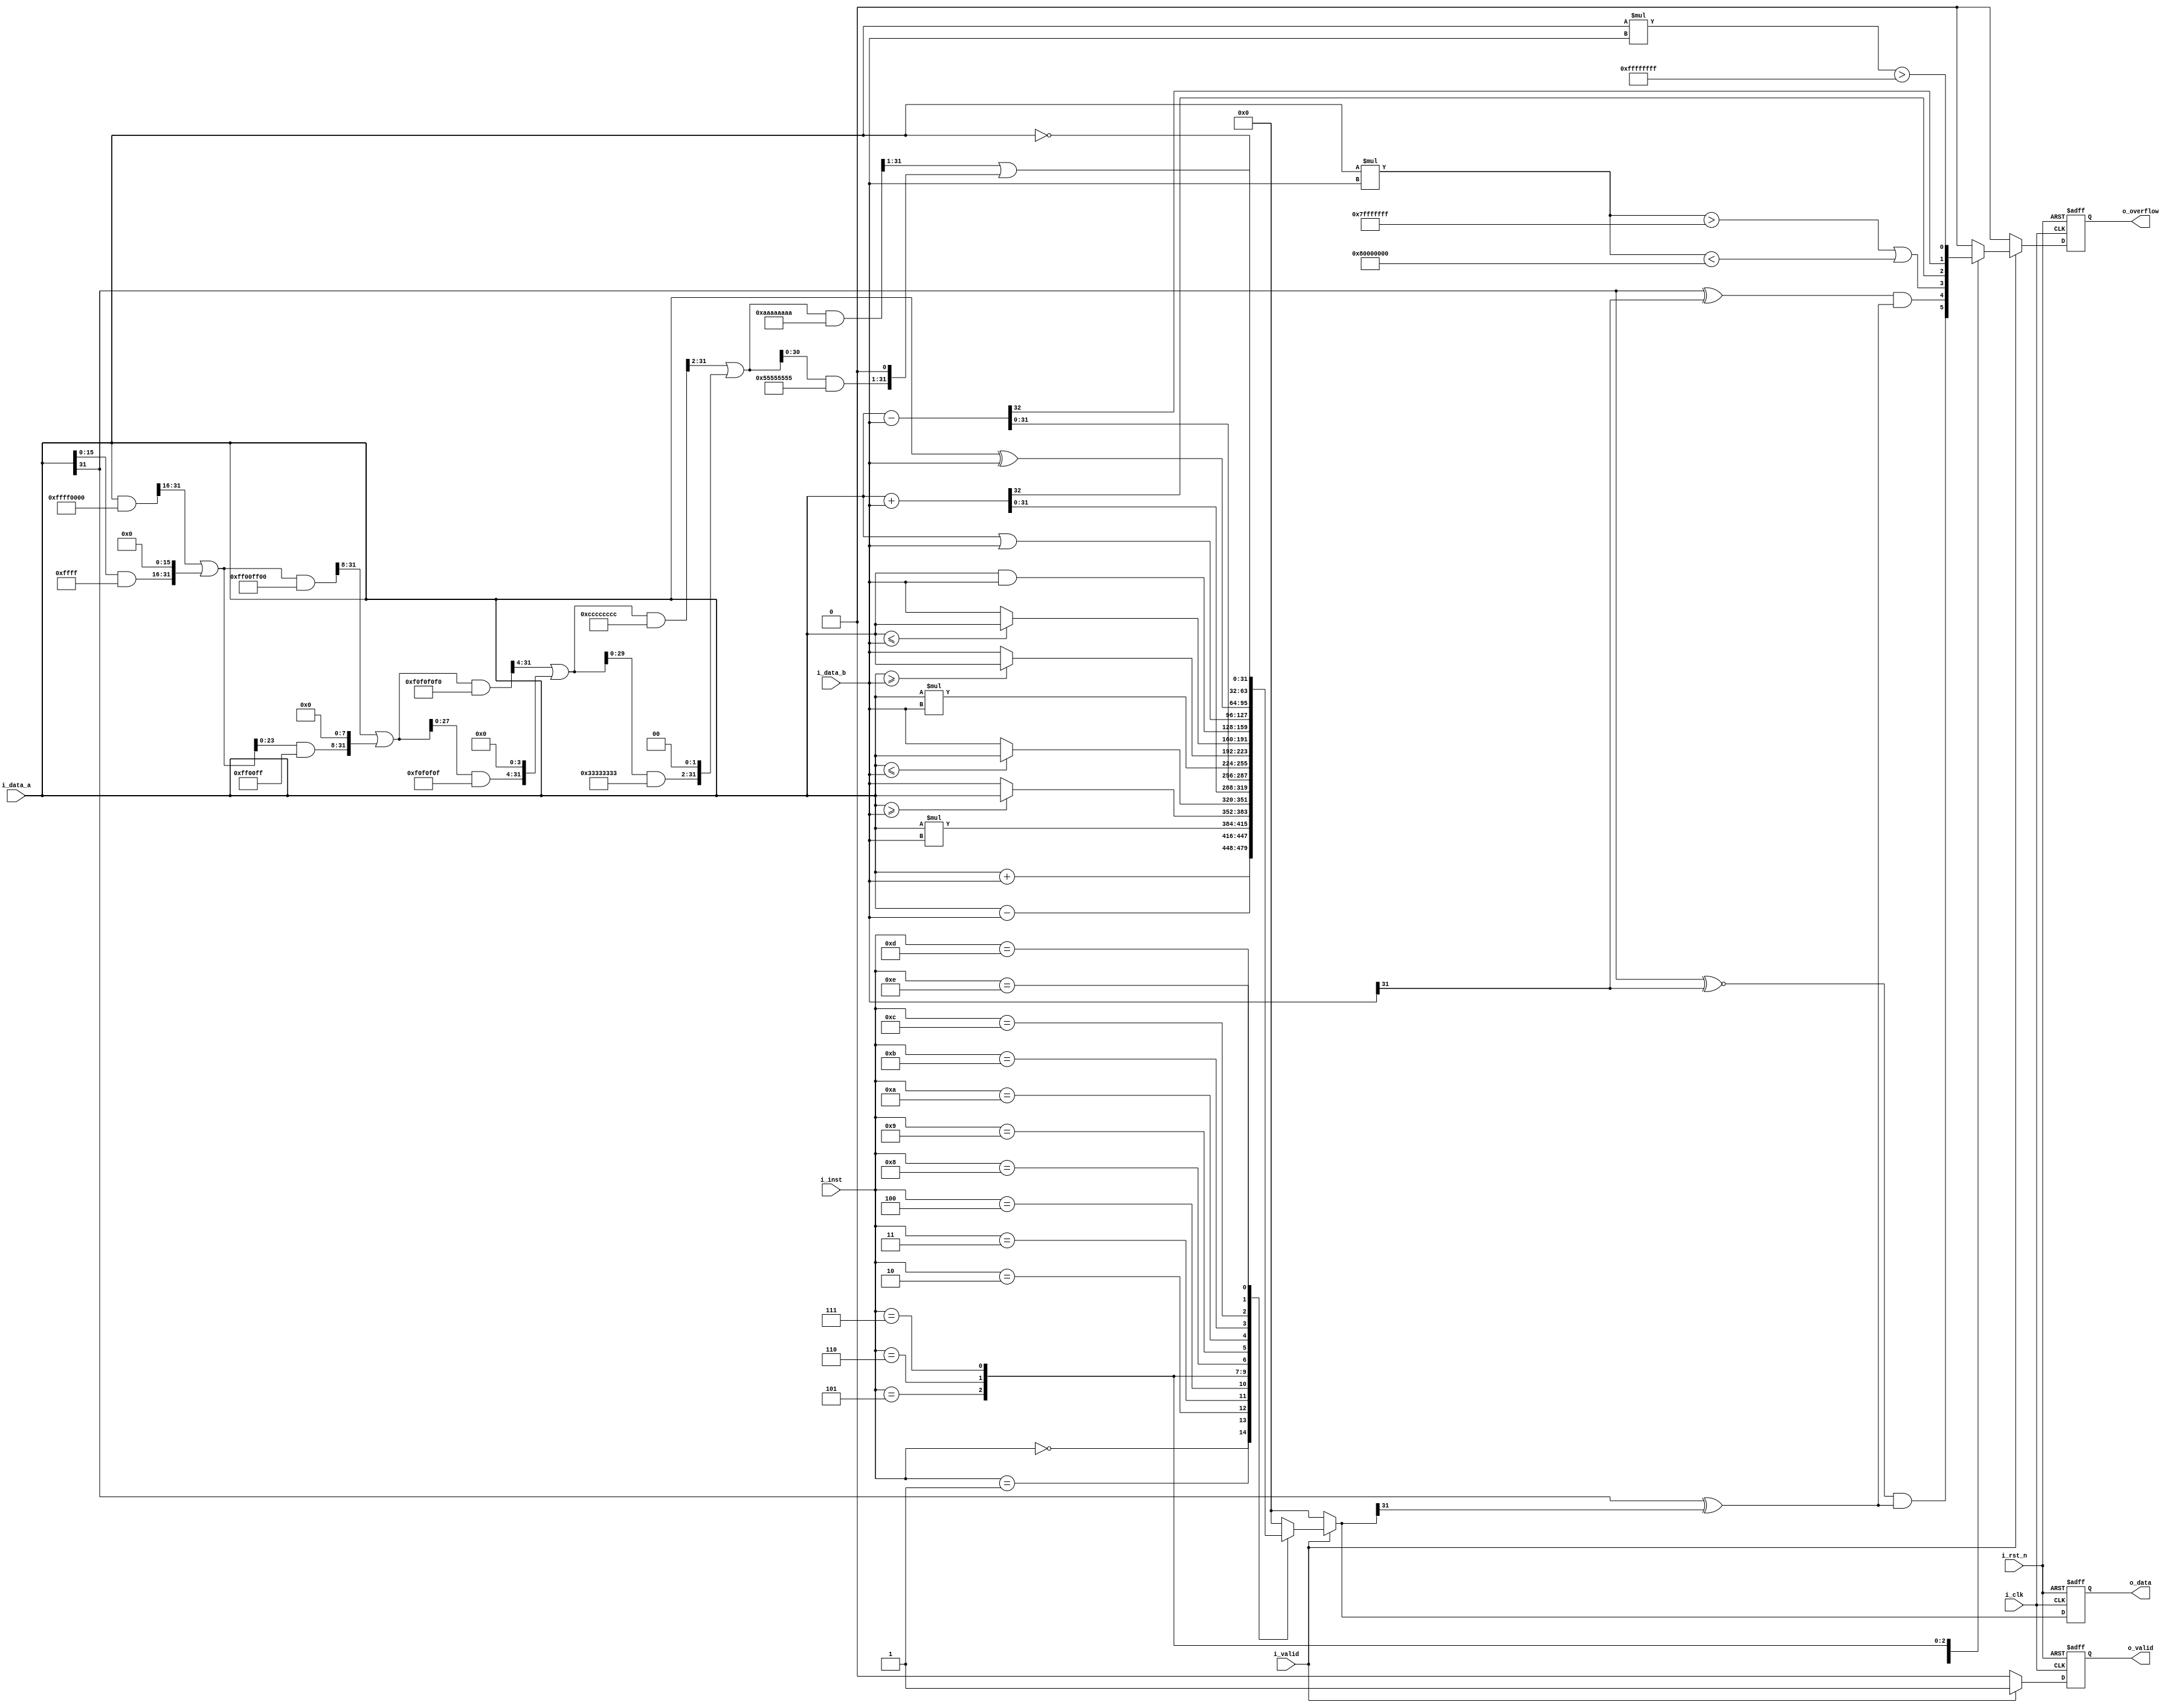
module alu #(
    parameter DATA_WIDTH = 32,
    parameter INST_WIDTH = 4
)(
    input                   i_clk,
    input                   i_rst_n,
    input  [DATA_WIDTH-1:0] i_data_a,
    input  [DATA_WIDTH-1:0] i_data_b,
    input  [INST_WIDTH-1:0] i_inst,
    input                   i_valid,
    output [DATA_WIDTH-1:0] o_data,
    output                  o_overflow,
    output                  o_valid
);

    parameter INT32_MAX = 2147483647;
    parameter INT32_MIN = -2147483648;
    parameter UINT32_MAX = 32'hffffffff;

    // wires & registers
    wire signed [DATA_WIDTH-1:0] s_i_data_a, s_i_data_b;
    wire a_msb, b_msb, o_msb;
    reg [DATA_WIDTH-1:0] o_data_r, o_data_w;
    reg signed [2*DATA_WIDTH-1:0] s_mul_tmp;
    reg [2*DATA_WIDTH-1:0] mul_tmp;
    reg o_overflow_r, o_overflow_w;
    reg o_valid_r, o_valid_w;

    // continuous assignment
    assign s_i_data_a = i_data_a;
    assign s_i_data_b = i_data_b;
    assign a_msb = s_i_data_a[DATA_WIDTH-1];
    assign b_msb = s_i_data_b[DATA_WIDTH-1];
    assign o_msb = o_data_w[DATA_WIDTH-1];
    assign o_data = o_data_r;
    assign o_overflow = o_overflow_r;
    assign o_valid = o_valid_r;


    // combinational part
    always @(*) begin
        if (i_valid) begin
            case (i_inst)
                4'd0: begin // signed add
                    o_data_w = s_i_data_a + s_i_data_b;
                    o_overflow_w = (a_msb~^b_msb)&(a_msb^o_msb);
                    o_valid_w = 1;
                end
                4'd1: begin // signed sub
                    o_data_w = s_i_data_a - s_i_data_b;
                    o_overflow_w = (a_msb^b_msb)&(a_msb^o_msb);
                    o_valid_w = 1;
                end
                4'd2: begin // signed mul
                    s_mul_tmp = s_i_data_a * s_i_data_b;
                    o_data_w = s_i_data_a * s_i_data_b;
                    o_overflow_w = (s_mul_tmp>INT32_MAX || s_mul_tmp<INT32_MIN);
                    o_valid_w = 1;
                end
                4'd3: begin // signed max
                    if (s_i_data_a >= s_i_data_b) begin
                        o_data_w = s_i_data_a;
                        o_overflow_w = 0;
                        o_valid_w = 1;
                    end else begin
                        o_data_w = s_i_data_b;
                        o_overflow_w = 0;
                        o_valid_w = 1;
                    end
                end
                4'd4: begin // signed min
                    if (s_i_data_a <= s_i_data_b) begin
                        o_data_w = s_i_data_a;
                        o_overflow_w = 0;
                        o_valid_w = 1;
                    end else begin
                        o_data_w = s_i_data_b;
                        o_overflow_w = 0;
                        o_valid_w = 1;
                    end
                end
                4'd5: begin // unsigned add
                    {o_overflow_w, o_data_w} = i_data_a + i_data_b;
                    o_valid_w = 1;
                end
                4'd6: begin // unsigned sub
                    {o_overflow_w, o_data_w} = i_data_a - i_data_b;
                    o_valid_w = 1;
                end
                4'd7: begin // unsigned mul
                    mul_tmp = i_data_a * i_data_b;
                    o_data_w = i_data_a * i_data_b;
                    o_overflow_w = (mul_tmp>UINT32_MAX);
                    o_valid_w = 1;
                    o_valid_w = 1;
                end
                4'd8: begin // unsigned max
                    if (i_data_a >= i_data_b) begin
                        o_data_w = i_data_a;
                        o_overflow_w = 0;
                        o_valid_w = 1;
                    end else begin
                        o_data_w = i_data_b;
                        o_overflow_w = 0;
                        o_valid_w = 1;
                    end
                end
                4'd9: begin // unsigned min
                    if (i_data_a <= i_data_b) begin
                        o_data_w = i_data_a;
                        o_overflow_w = 0;
                        o_valid_w = 1;
                    end else begin
                        o_data_w = i_data_b;
                        o_overflow_w = 0;
                        o_valid_w = 1;
                    end
                end
                4'd10: begin // and
                    o_data_w = i_data_a & i_data_b;
                    o_overflow_w = 0;
                    o_valid_w = 1;
                end
                4'd11: begin // or
                    o_data_w = i_data_a | i_data_b;
                    o_overflow_w = 0;
                    o_valid_w = 1;
                end
                4'd12: begin // xor
                    o_data_w = i_data_a ^ i_data_b;
                    o_overflow_w = 0;
                    o_valid_w = 1;
                end
                4'd13: begin // bit flip
                    o_data_w = ~i_data_a;
                    o_overflow_w = 0;
                    o_valid_w = 1;
                end
                4'd14: begin // bit reverse
                    o_data_w = i_data_a;
                    o_data_w = ((o_data_w&32'hffff0000)>>16|(o_data_w&32'h0000ffff)<<16);
                    o_data_w = ((o_data_w&32'hff00ff00)>>8|(o_data_w&32'h00ff00ff)<<8);
                    o_data_w = ((o_data_w&32'hf0f0f0f0)>>4|(o_data_w&32'h0f0f0f0f)<<4);
                    o_data_w = ((o_data_w&32'hcccccccc)>>2|(o_data_w&32'h33333333)<<2);
                    o_data_w = ((o_data_w&32'haaaaaaaa)>>1|(o_data_w&32'h55555555)<<1);
                    o_overflow_w = 0;
                    o_valid_w = 1;
                end
                
                default: begin
                    o_data_w = 0;
                    o_overflow_w = 0;
                    o_valid_w = 1;
                end
            endcase
        end else begin
            o_data_w = 0;
            o_overflow_w = 0;
            o_valid_w = 0;
        end
        
    end


    // sequential part 
    always @(posedge i_clk or negedge i_rst_n ) begin
        if (~i_rst_n) begin
            o_data_r <= 0;
            o_overflow_r <= 0;
            o_valid_r <= 0;
        end else begin
            o_data_r <= o_data_w;
            // else o_data_r <= s_o_data_w;
            o_overflow_r <= o_overflow_w;
            o_valid_r <= o_valid_w;
        end
    end

    

endmodule